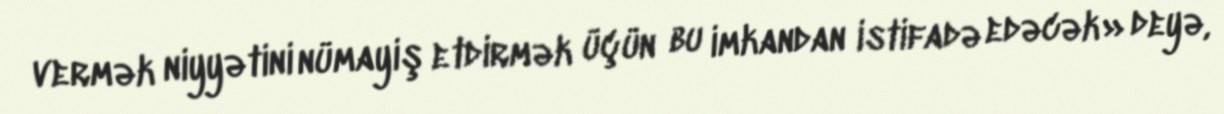
vermək niyyətini nümayiş etdirmək üçün bu imkandan istifadə edəcək» deyə,